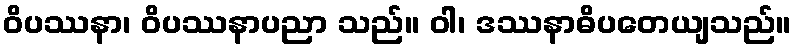
ဝိပဿနာ၊ ဝိပဿနာပညာ သည်။ ဝါ၊ ဒဿနာဓိပတေယျသည်။